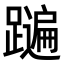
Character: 𨆩